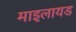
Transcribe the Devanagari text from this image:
माइलायड